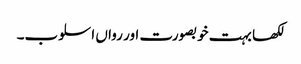
لکھا بہت خوبصورت اور رواں اسلوب۔